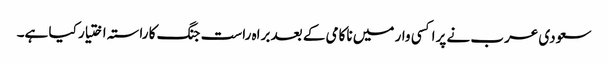
سعودی عرب نے پراکسی وار میں ناکامی کے بعد براہ راست جنگ کا راستہ اختیار کیا ہے۔